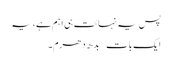
پس یہ نہائت ہی اہم ہے، یہ
ایک بات – بدھ دھرم۔